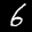
Label: 6